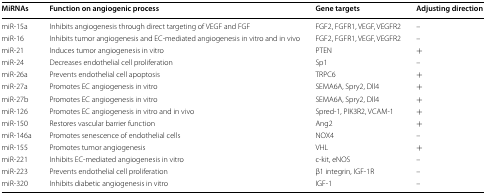
| MiRNAs | Function on angiogenic process | Gene targets | Adjusting direction |
 | --- | --- | --- | --- |
 | miR-15a | Inhibits angiogenesis through direct targeting of VEGF and FGF | FGF2, FGFR1, VEGF, VEGFR2 | – |
 | miR-16 | Inhibits tumor angiogenesis and EC-mediated angiogenesis in vitro and in vivo | FGF2, FGFR1, VEGF, VEGFR2 | – |
 | miR-21 | Induces tumor angiogenesis in vitro | PTEN | + |
 | miR-24 | Decreases endothelial cell proliferation | Sp1 | – |
 | miR-26a | Prevents endothelial cell apoptosis | TRPC6 | + |
 | miR-27a | Promotes EC angiogenesis in vitro | SEMA6A, Spry2, Dll4 | + |
 | miR-27b | Promotes EC angiogenesis in vitro | SEMA6A, Spry2, Dll4 | + |
 | miR-126 | Promotes EC angiogenesis in vitro and in vivo | Spred-1, PIK3R2, VCAM-1 | + |
 | miR-150 | Restores vascular barrier function | Ang2 | + |
 | miR-146a | Promotes senescence of endothelial cells | NOX4 | – |
 | miR-155 | Promotes tumor angiogenesis | VHL | + |
 | miR-221 | Inhibits EC-mediated angiogenesis in vitro | c-kit, eNOS | – |
 | miR-223 | Prevents endothelial cell proliferation | β1 integrin, IGF-1R | – |
 | miR-320 | Inhibits diabetic angiogenesis in vitro | IGF-1 | – |